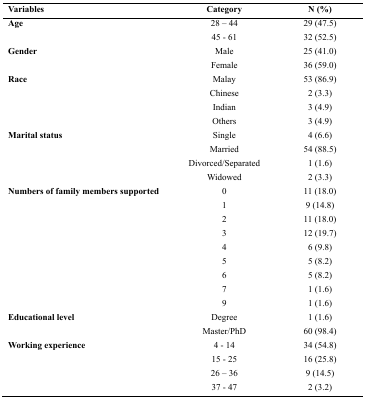
<table><thead><tr><td><b>Variables</b></td><td><b>Category</b></td><td><b>N (%)</b></td></tr></thead><tbody><tr><td rowspan="2"><b>Age</b></td><td>28 – 44</td><td>29 (47.5)</td></tr><tr><td>45 - 61</td><td>32 (52.5)</td></tr><tr><td rowspan="2"><b>Gender</b></td><td>Male</td><td>25 (41.0)</td></tr><tr><td>Female</td><td>36 (59.0)</td></tr><tr><td rowspan="4"><b>Race</b></td><td>Malay</td><td>53 (86.9)</td></tr><tr><td>Chinese</td><td>2 (3.3)</td></tr><tr><td>Indian</td><td>3 (4.9)</td></tr><tr><td>Others</td><td>3 (4.9)</td></tr><tr><td rowspan="4"><b>Marital status</b></td><td>Single</td><td>4 (6.6)</td></tr><tr><td>Married</td><td>54 (88.5)</td></tr><tr><td>Divorced/Separated</td><td>1 (1.6)</td></tr><tr><td>Widowed</td><td>2 (3.3)</td></tr><tr><td rowspan="9"><b>Numbers of family members supported</b></td><td>0</td><td>11 (18.0)</td></tr><tr><td>1</td><td>9 (14.8)</td></tr><tr><td>2</td><td>11 (18.0)</td></tr><tr><td>3</td><td>12 (19.7)</td></tr><tr><td>4</td><td>6 (9.8)</td></tr><tr><td>5</td><td>5 (8.2)</td></tr><tr><td>6</td><td>5 (8.2)</td></tr><tr><td>7</td><td>1 (1.6)</td></tr><tr><td>9</td><td>1 (1.6)</td></tr><tr><td rowspan="2"><b>Educational level</b></td><td>Degree</td><td>1 (1.6)</td></tr><tr><td>Master/PhD</td><td>60 (98.4)</td></tr><tr><td rowspan="4"><b>Working experience</b></td><td>4 - 14</td><td>34 (54.8)</td></tr><tr><td>15 - 25</td><td>16 (25.8)</td></tr><tr><td>26 – 36</td><td>9 (14.5)</td></tr><tr><td>37 - 47</td><td>2 (3.2)</td></tr></tbody></table>